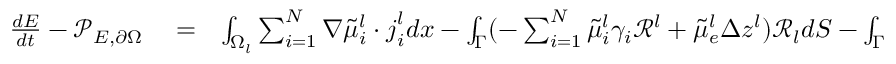
\begin{array} { r l r } { \frac { d E } { d t } - \mathcal { P } _ { E , \partial \Omega } } & { { } = } & { \int _ { \Omega _ { l } } \sum _ { i = 1 } ^ { N } \nabla \tilde { \mu } _ { i } ^ { l } \cdot \boldsymbol { j } _ { i } ^ { l } d x - \int _ { \Gamma } ( - \sum _ { i = 1 } ^ { N } \tilde { \mu } _ { i } ^ { l } \gamma _ { i } \mathcal { R } ^ { l } + \tilde { \mu } _ { e } ^ { l } \Delta z ^ { l } ) \mathcal { R } _ { l } d S - \int _ { \Gamma } \phi _ { l } \frac { \partial } { \partial t } ( \boldsymbol { D } ^ { l } \cdot \boldsymbol { n } ^ { l } - F C _ { e } ^ { l } ) d S } \end{array}